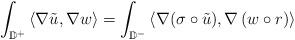
LaTeX: \begin{align*}\int_{\mathbb{D}^+} \left\langle \nabla \tilde{u},\nabla w \right\rangle = \int_{\mathbb{D}^-} \left\langle \nabla( \sigma \circ \tilde{u} ), \nabla \left( w\circ r \right) \right\rangle \end{align*}